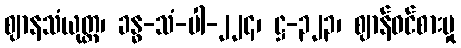
ဈာနသံယုတ္တ၊ ခန္ဓ-သံ-ပါ-၂၂၄၊ ဋ္ဌ-၃၂၃၊ ဈာန်ဝင်စားမှု